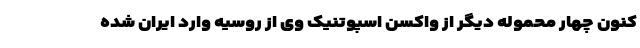
کنون چهار محموله دیگر از واکسن اسپوتنیک وی از روسیه وارد ایران شده